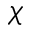
\chi